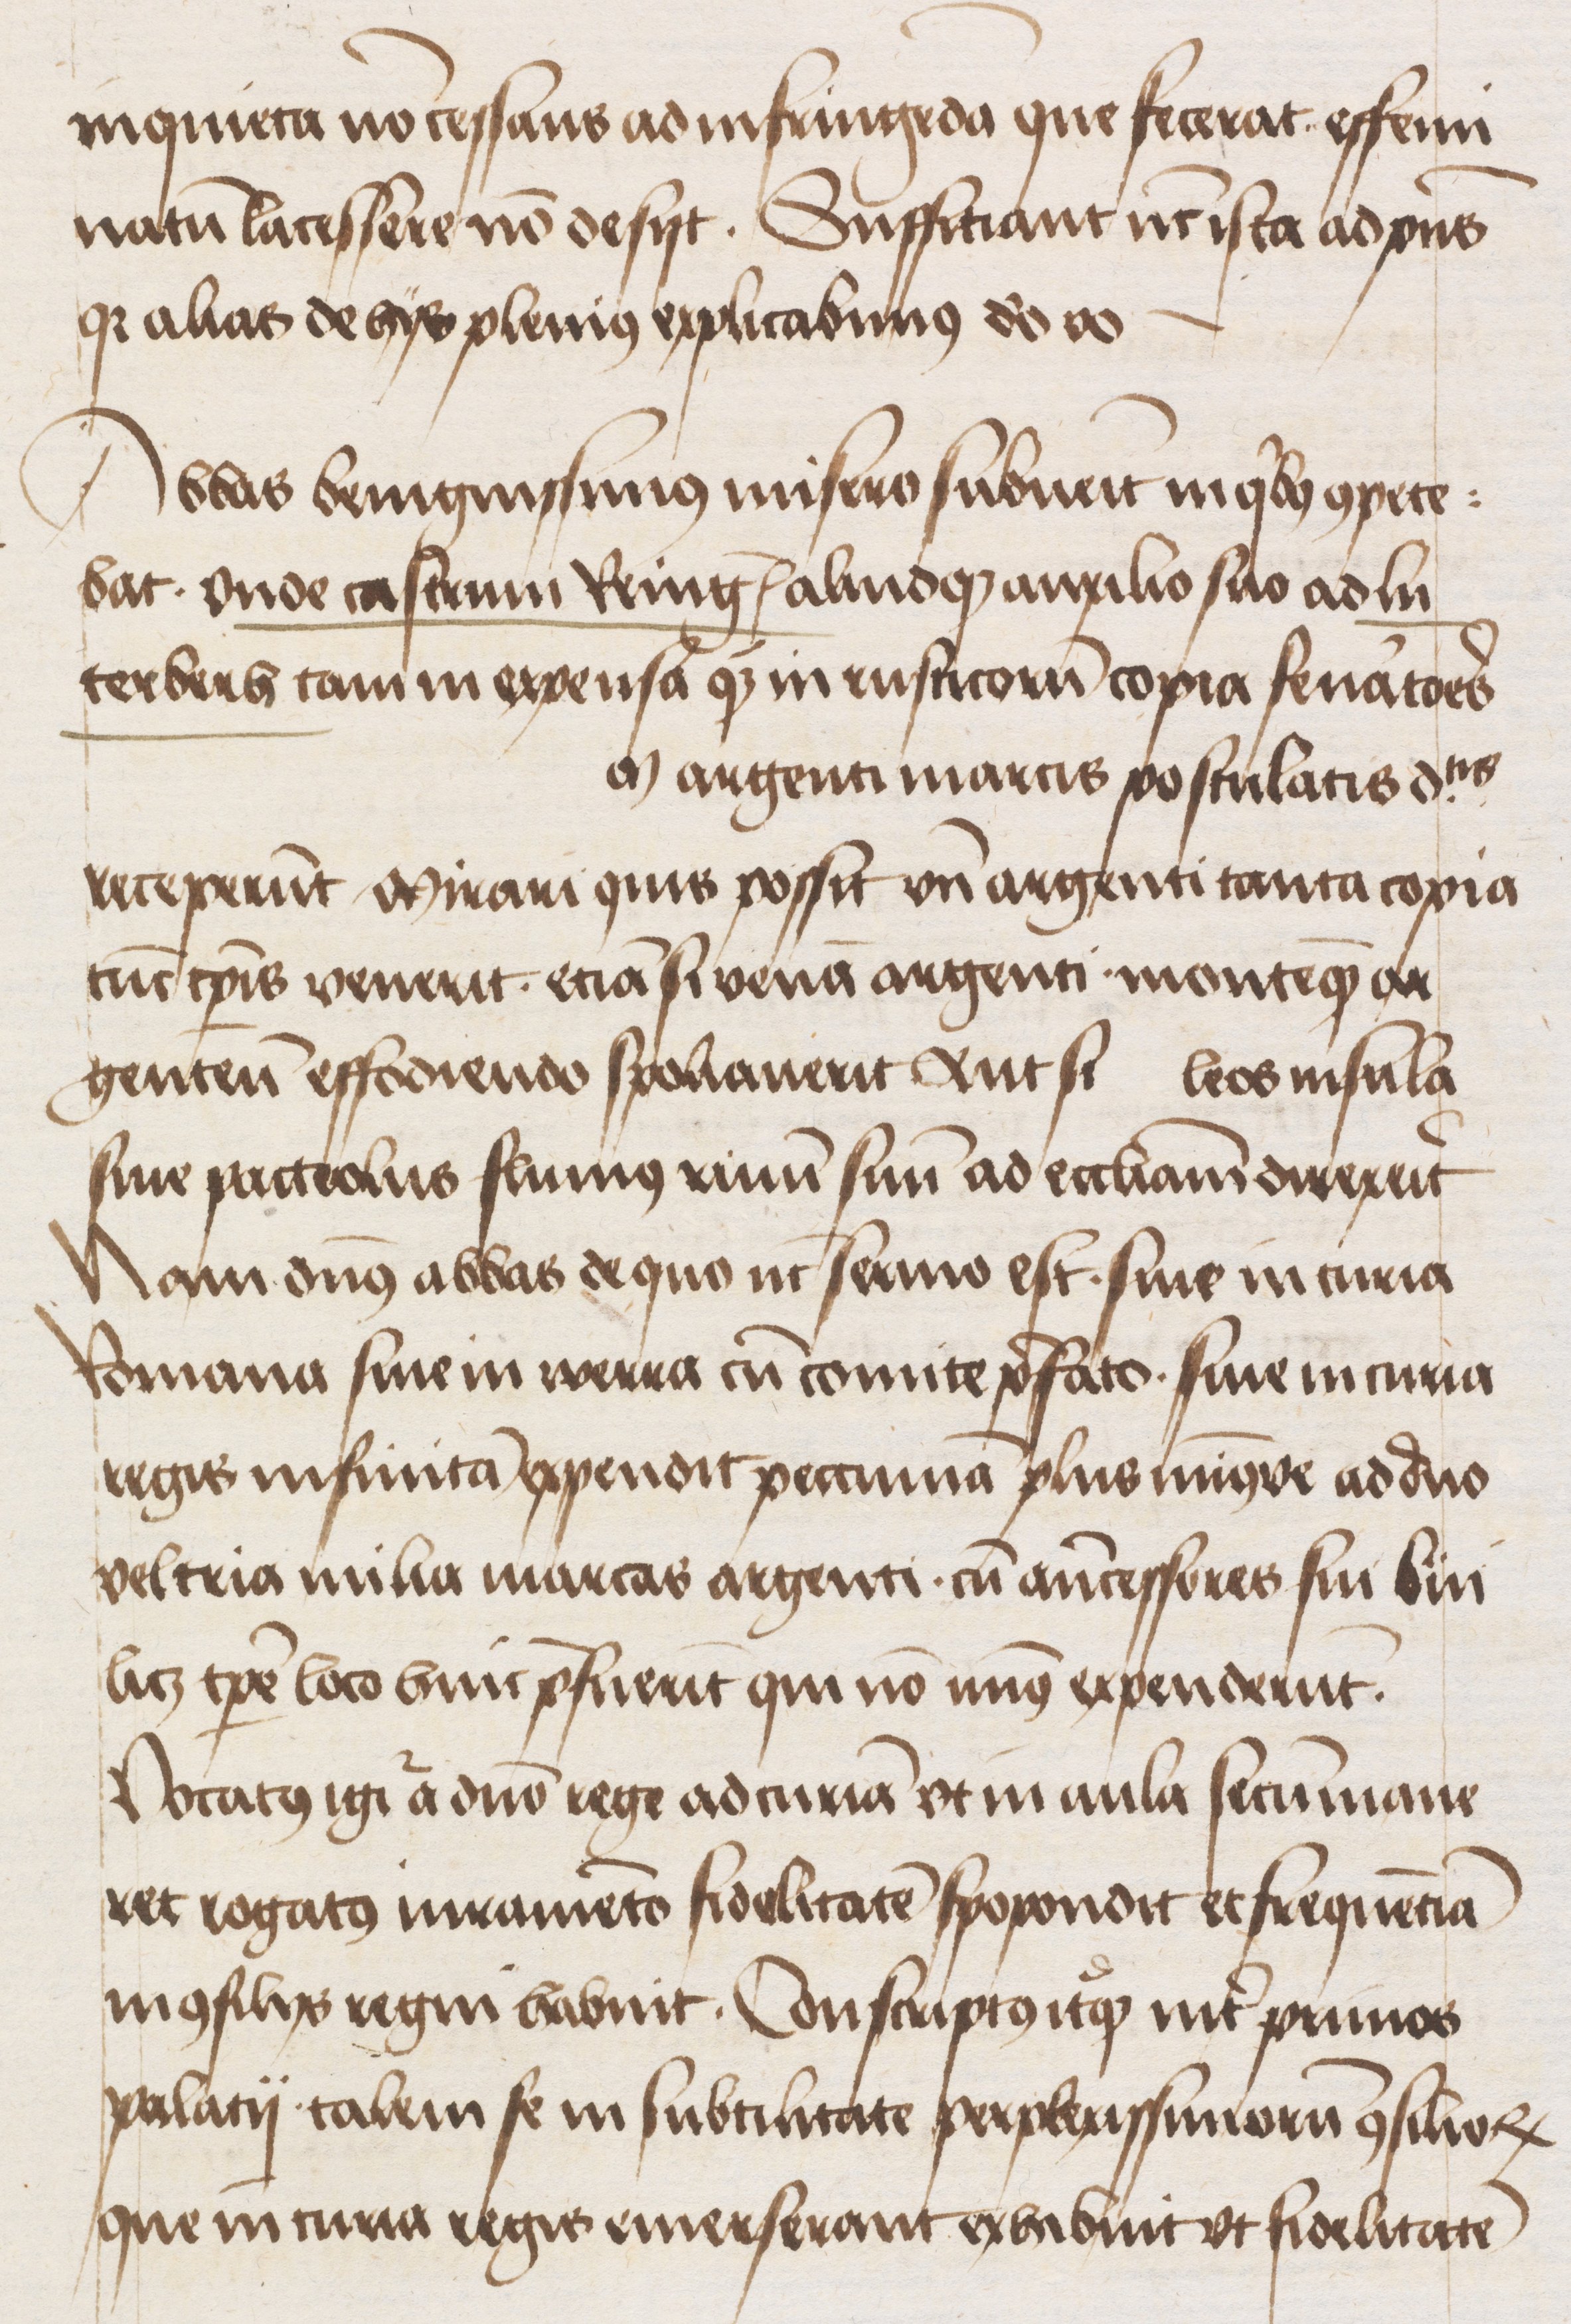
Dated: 1400–1499